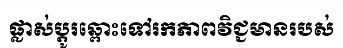
ផ្លាស់ប្តូរឆ្ពោះទៅរកភាពវិជ្ជមានរបស់